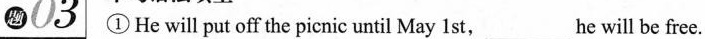
题 03 ①He will put off the picnic until May 1 st, ___ he will be free.